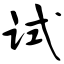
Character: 试